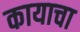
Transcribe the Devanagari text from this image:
कायाचा